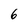
Character: 6